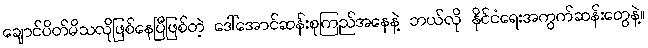
ချောင်ပိတ်မိသလိုဖြစ်နေပြီဖြစ်တဲ့ ဒေါ်အောင်ဆန်းစုကြည်အနေနဲ့ ဘယ်လို နိုင်ငံရေးအကွက်ဆန်းတွေနဲ့။